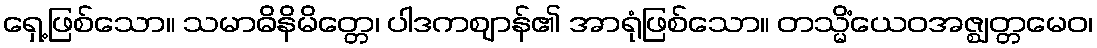
ရှေ့ဖြစ်သော။ သမာဓိနိမိတ္တေ၊ ပါဒကဈာန်၏ အာရုံဖြစ်သော။ တသ္မိံယေဝအဇ္ဈတ္တမေဝ၊